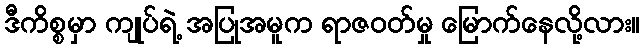
ဒီကိစ္စမှာ ကျုပ်ရဲ့ အပြုအမူက ရာဇဝတ်မှု မြောက်နေလို့လား။